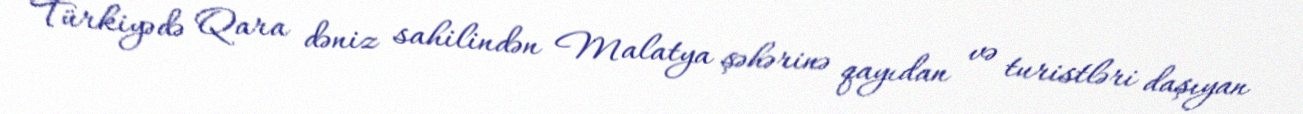
Türkiyədə Qara dəniz sahilindən Malatya şəhərinə qayıdan və turistləri daşıyan